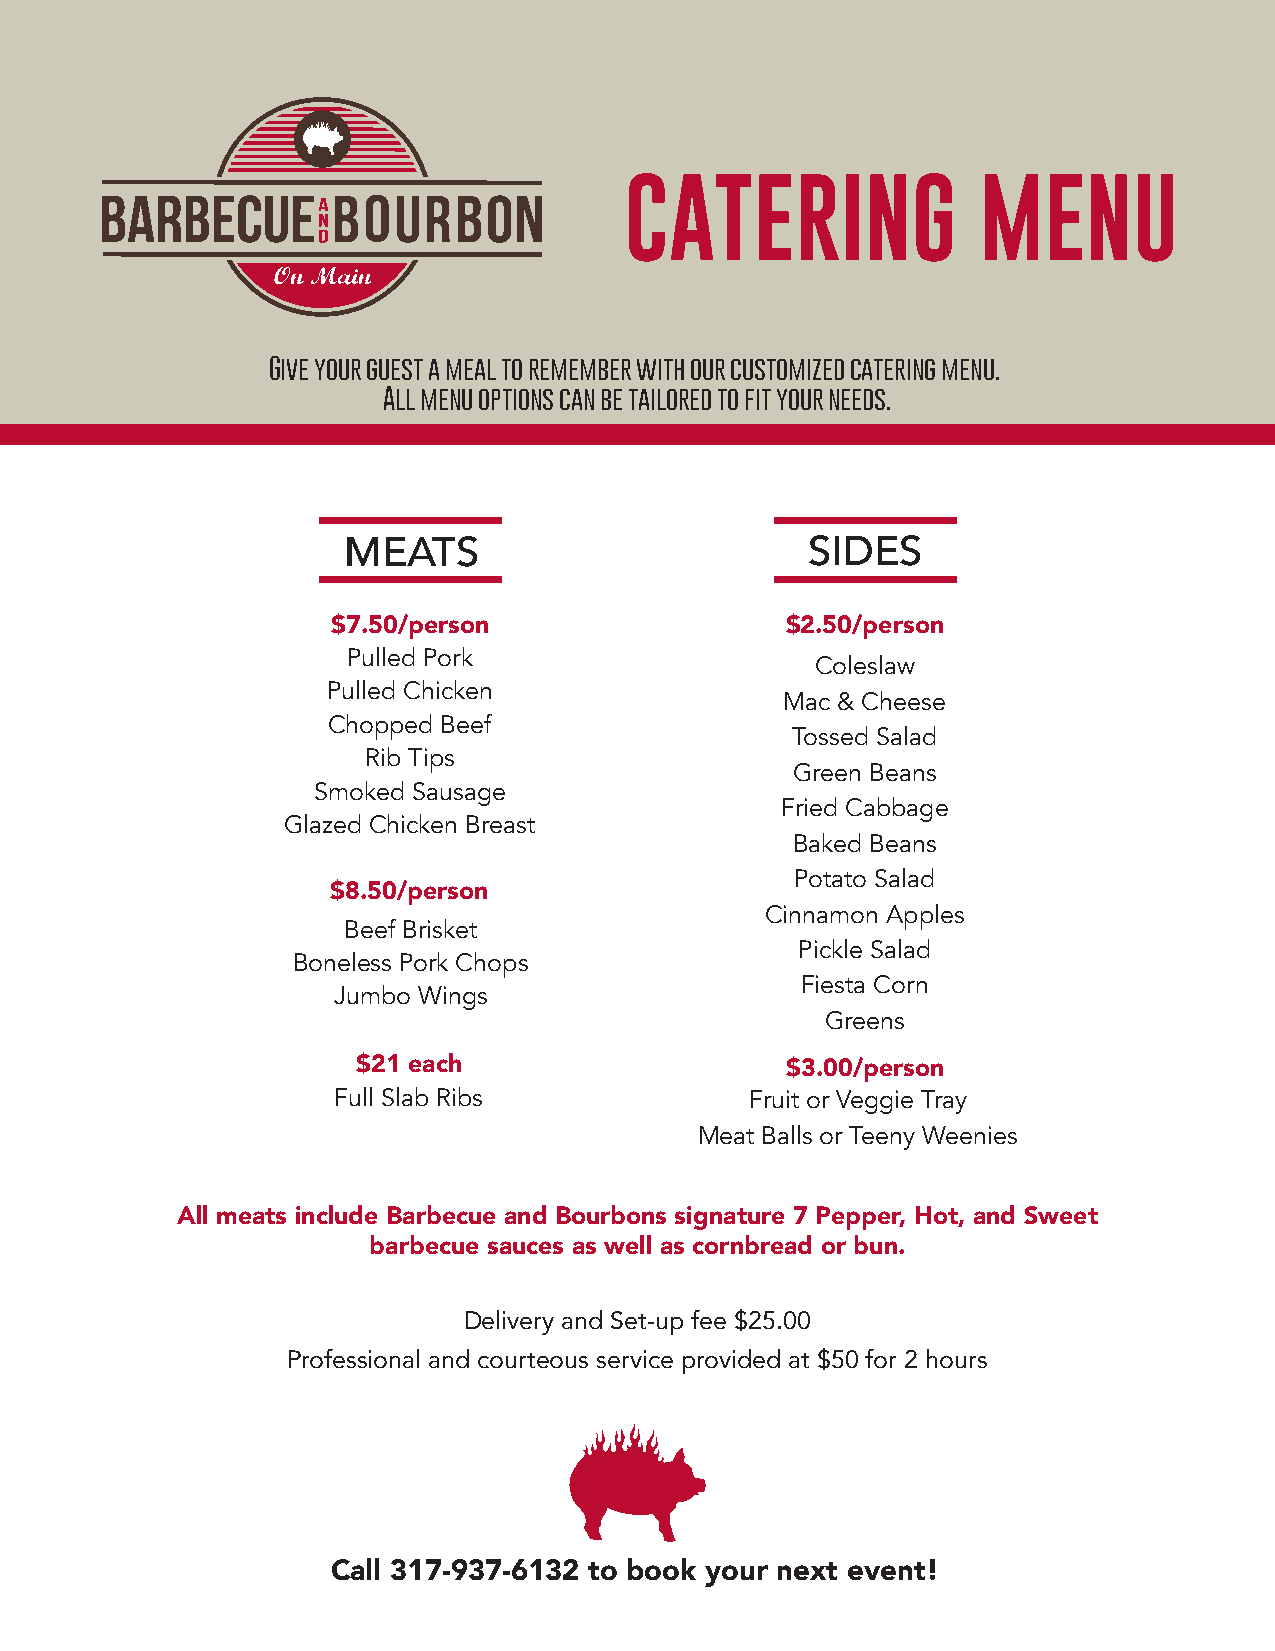
Give your guest a meal to remember with our customized catering menu.
 All menu options can be tailored to fit your needs.
 MEATS                          SIDES
 $7.50/person                  $2.50/person
 Pulled Pork
 Coleslaw
 Pulled Chicken
 Mac & Cheese
 Chopped Beef
 Tossed Salad
 Rib Tips
 Green Beans
 Smoked Sausage
 Fried Cabbage
 Glazed Chicken Breast
 Baked Beans
 Potato Salad
 $8.50/person
 Cinnamon Apples
 Beef Brisket
 Pickle Salad
 Boneless Pork Chops
 Fiesta Corn
 Jumbo Wings
 Greens
 $21 each                    $3.00/person
 Full Slab Ribs              Fruit or Veggie Tray
 Meat Balls or Teeny Weenies
 All meats include Barbecue and Bourbons signature 7 Pepper, Hot, and Sweet
 barbecue sauces as well as cornbread or bun.
 Delivery and Set-up fee $25.00
 Professional and courteous service provided at $50 for 2 hours
 Call 317-937-6132 to book your next event!